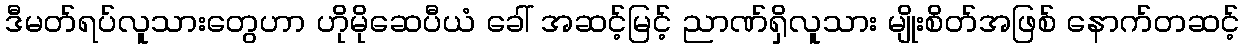
ဒီမတ်ရပ်လူသားတွေဟာ ဟိုမိုဆေပီယံ ခေါ် အဆင့်မြင့် ညာဏ်ရှိလူသား မျိုးစိတ်အဖြစ် နောက်တဆင့်